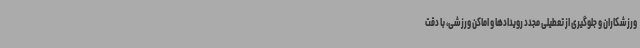
ورزشکاران و جلوگیری از تعطیلی مجدد رویدادها و اماکن ورزشی، با دقت